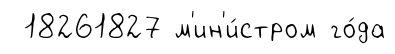
18261827 м'ин'и́стром го́да